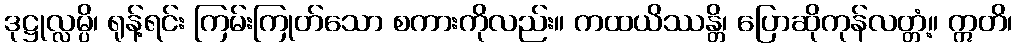
ဒုဋ္ဌုလ္လမ္ပိ၊ ရုန့်ရင်း ကြမ်းကြုတ်သော စကားကိုလည်း။ ကထယိဿန္တိ၊ ပြောဆိုကုန်လတ္တံ့။ ဣတိ၊